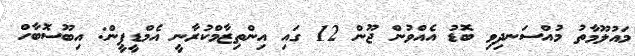
މައުލޫމާތު މުއްސަނދިވި ބޮޑު އެއްވުން ޖޫން 12 ގައި އިންތިޒާމްކުރާނީ އެމްޑީޕީން: އިބޫސޮބާހް